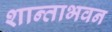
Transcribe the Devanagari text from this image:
शान्ताभवन